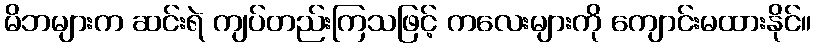
မိဘများက ဆင်းရဲ ကျပ်တည်းကြသဖြင့် ကလေးများကို ကျောင်းမထားနိုင်။